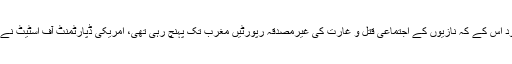
1941 کے دوسرے نصف کے دوران، باوجود اس کے کہ نازیوں کے اجتماعی قتل و غارت کی غیرمصدقہ رپورٹیں مغرب تک پہنچ رہی تھی، امریکی ڈپارٹمنٹ آف اسٹیٹ نے ہجرت کی پابندیوں کو اور بھی سخت کر دیا۔